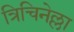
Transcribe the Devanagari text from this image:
त्रिचिनेल्ला